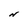
Character: N